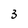
Character: 3